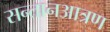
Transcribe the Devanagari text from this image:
सन्तानआत्रण